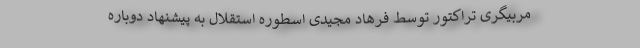
مربیگری تراکتور توسط فرهاد مجیدی اسطوره استقلال به پیشنهاد دوباره